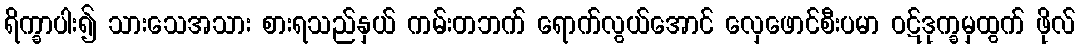
ရိက္ခာပါး၍ သားသေအသား စားရသည်နှယ် ကမ်းတဘက် ရောက်လွယ်အောင် လှေဖောင်စီးပမာ ဝဋ်ဒုက္ခမှထွက် ဖိုလ်